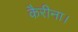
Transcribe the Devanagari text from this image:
कैरीना।